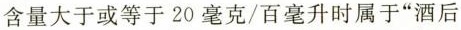
含量大于或等于20毫克/百毫升时属于”酒后